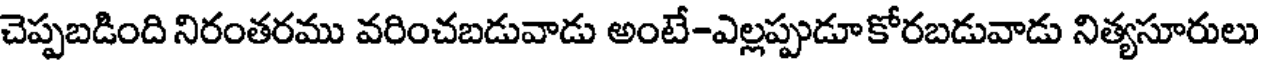
చెప్పబడింది నిరంతరము వరించబడువాడు అంటే-ఎల్లప్పుడూకోరబడువాడు నిత్యసూరులు